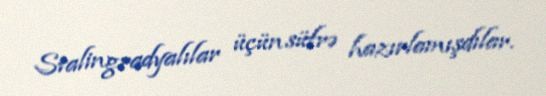
Stalingradyalılar üçün süfrə hazırlamışdılar.